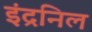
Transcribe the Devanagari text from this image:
इंद्रनिल